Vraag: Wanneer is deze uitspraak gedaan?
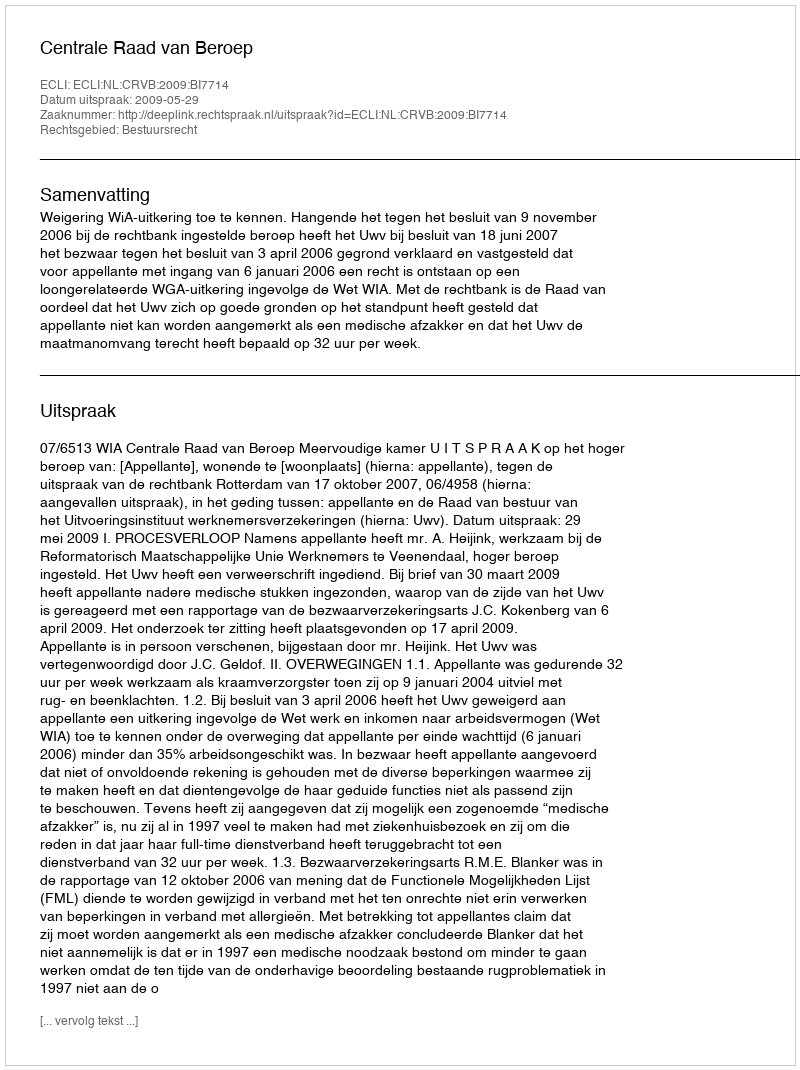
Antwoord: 2009-05-29